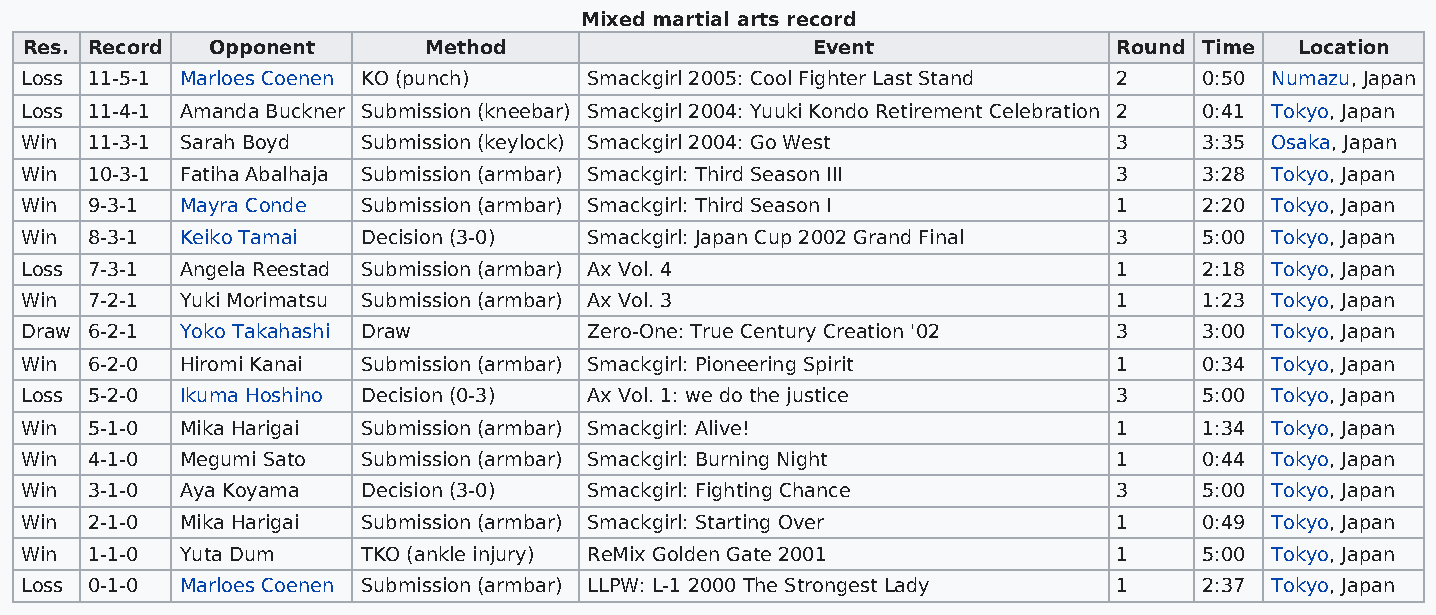
Mixed martial arts record
 Res. Record  Opponent      Method                    Event               Round Time  Location
 Loss 11-5-1 Marloes Coenen KO (punch) Smackgirl 2005: Cool Fighter Last Stand 2 0:50 Numazu, Japan
 Loss 11-4-1 Amanda Buckner Submission (kneebar) Smackgirl 2004: Yuuki Kondo Retirement Celebration 2 0:41 Tokyo, Japan
 Win  11-3-1 Sarah Boyd Submission (keylock) Smackgirl 2004: Go West      3     3:35 Osaka, Japan
 Win  10-3-1 Fatiha Abalhaja Submission (armbar) Smackgirl: Third Season III 3  3:28 Tokyo, Japan
 Win  9-3-1 Mayra Conde Submission (armbar) Smackgirl: Third Season I     1     2:20 Tokyo, Japan
 Win  8-3-1 Keiko Tamai Decision (3-0) Smackgirl: Japan Cup 2002 Grand Final 3  5:00 Tokyo, Japan
 Loss 7-3-1 Angela Reestad Submission (armbar) Ax Vol. 4                  1     2:18 Tokyo, Japan
 Win  7-2-1 Yuki Morimatsu Submission (armbar) Ax Vol. 3                  1     1:23 Tokyo, Japan
 Draw 6-2-1 Yoko Takahashi Draw        Zero-One: True Century Creation '02 3    3:00 Tokyo, Japan
 Win  6-2-0 Hiromi Kanai Submission (armbar) Smackgirl: Pioneering Spirit 1     0:34 Tokyo, Japan
 Loss 5-2-0 Ikuma Hoshino Decision (0-3) Ax Vol. 1: we do the justice     3     5:00 Tokyo, Japan
 Win  5-1-0 Mika Harigai Submission (armbar) Smackgirl: Alive!            1     1:34 Tokyo, Japan
 Win  4-1-0 Megumi Sato Submission (armbar) Smackgirl: Burning Night      1     0:44 Tokyo, Japan
 Win  3-1-0 Aya Koyama  Decision (3-0) Smackgirl: Fighting Chance         3     5:00 Tokyo, Japan
 Win  2-1-0 Mika Harigai Submission (armbar) Smackgirl: Starting Over     1     0:49 Tokyo, Japan
 Win  1-1-0 Yuta Dum    TKO (ankle injury) ReMix Golden Gate 2001         1     5:00 Tokyo, Japan
 Loss 0-1-0 Marloes Coenen Submission (armbar) LLPW: L-1 2000 The Strongest Lady 1 2:37 Tokyo, Japan